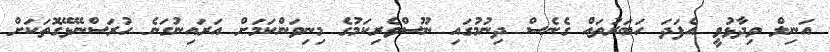
އަނިލް ވިދާޅުވީ އެފަދަ ހަބަރުތައް ގެނެސް ދިނުމުގައި ނޫސްވެރިކަމުގެ މިނިވަންކަމަށް އަރައިނުގަނެ ހުރަސްނޭޅޭގޮތަކަށް